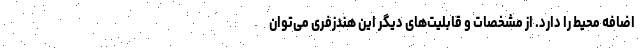
اضافه محیط را دارد. از مشخصات و قابلیت‌های دیگر این هندزفری می‌توان